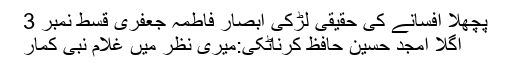
پچھلا افسانے کی حقیقی لڑکی ابصار فاطمہ جعفری قسط نمبر 3
اگلا امجد حسین حافظ کرناٹکی:میری نظر میں غلام نبی کمار